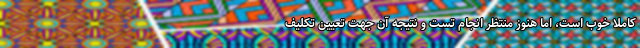
کاملا خوب است، اما هنوز منتظر انجام تست و نتیجه آن جهت تعیین تکلیف